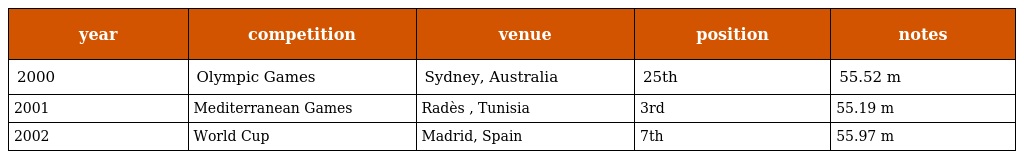
| year | competition | venue | position | notes |
 | --- | --- | --- | --- | --- |
 | 2000 | Olympic Games | Sydney, Australia | 25th | 55.52 m |
 | 2001 | Mediterranean Games | Radès , Tunisia | 3rd | 55.19 m |
 | 2002 | World Cup | Madrid, Spain | 7th | 55.97 m |